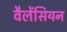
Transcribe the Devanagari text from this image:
वैलेंसियन